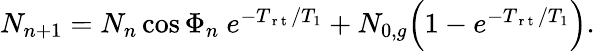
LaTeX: \begin{array}{r}{N_{n+1}=N_{n}\cos\Phi_{n}\ e^{-T_{\mathrm{~r~t~}}/T_{1}}+N_{0,g}\Big(1-e^{-T_{\mathrm{~r~t~}}/T_{1}}\Big).}\end{array}